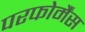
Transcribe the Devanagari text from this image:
परफोर्मैंस